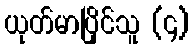
ယုတ်မာပြိုင်သူ (၄)